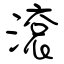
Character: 滾